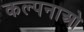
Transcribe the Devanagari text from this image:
कल्पनाओ